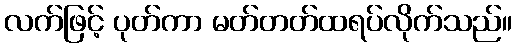
လက်ဖြင့် ပုတ်ကာ မတ်တတ်ထရပ်လိုက်သည်။